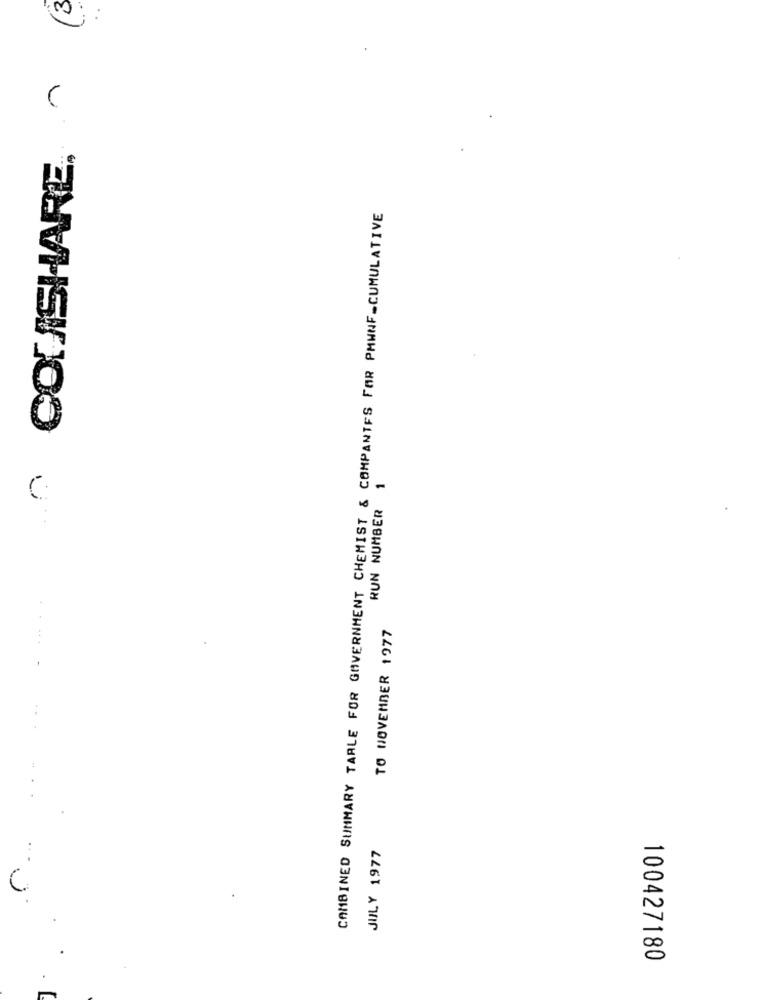
COUSHARE, ~
CAMBINED SUMMARY TABLE FOR GOVERNMENT CHEMIST & COMPANIES FOR PMWNF_CUMULATIVE
1
RUN NUMBER
TO NOVEMBER 1977
JULY 1977
100427180